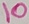
Text: 10